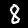
Digit: 8